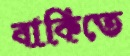
বাকিতে